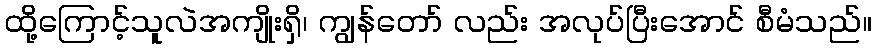
ထို့ကြောင့်သူလဲအကျိုးရှိ၊ ကျွန်တော် လည်း အလုပ်ပြီးအောင် စီမံသည်။